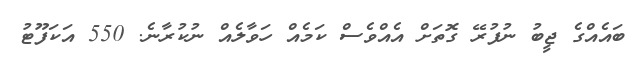
ބައެއްގެ ޖީބު ނުފުރޭ ގޮތަށް އެއްވެސް ކަމެއް ހަވާލެއް ނުކުރާނެ. 550 އަކަފޫޓު